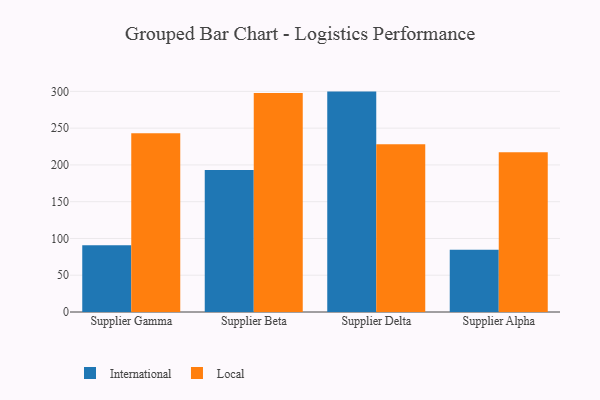
{"axis": {"x": "Supplier", "y": "Production Output"}, "legend": ["International", "Local"], "data": [{"x": "Supplier Gamma", "y": 90.7, "type": "International"}, {"x": "Supplier Gamma", "y": 243.1, "type": "Local"}, {"x": "Supplier Beta", "y": 193.1, "type": "International"}, {"x": "Supplier Beta", "y": 297.7, "type": "Local"}, {"x": "Supplier Delta", "y": 299.7, "type": "International"}, {"x": "Supplier Delta", "y": 228.1, "type": "Local"}, {"x": "Supplier Alpha", "y": 84.7, "type": "International"}, {"x": "Supplier Alpha", "y": 217.1, "type": "Local"}]}